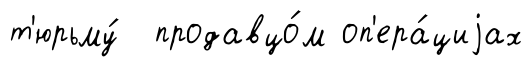
т'юрьму́ продавцо́м оп'ера́циjах